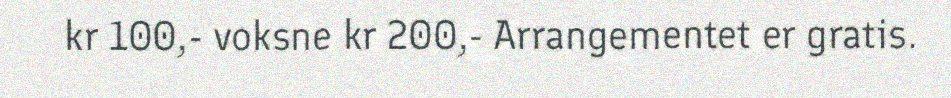
kr 100,- voksne kr 200,- Arrangementet er gratis.